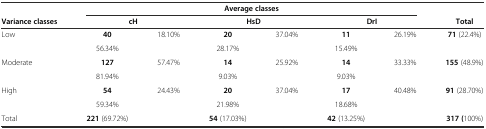
|  | <COLSPAN=6> Average classes |  |
 | Variance classes | <COLSPAN=2> cH | <COLSPAN=2> HsD | <COLSPAN=2> DrI | Total |
 | --- | --- | --- | --- | --- | --- | --- | --- |
 | <ROWSPAN=2> Low | 40 | 18.10% | 20 | 37.04% | 11 | 26.19% | <ROWSPAN=2> 71 (22.4%) |
 | 56.34% |  | 28.17% |  | 15.49% |  |
 | <ROWSPAN=2> Moderate | 127 | 57.47% | 14 | 25.92% | 14 | 33.33% | <ROWSPAN=2> 155 (48.9%) |
 | 81.94% |  | 9.03% |  | 9.03% |  |
 | <ROWSPAN=2> High | 54 | 24.43% | 20 | 37.04% | 17 | 40.48% | <ROWSPAN=2> 91 (28.70%) |
 | 59.34% |  | 21.98% |  | 18.68% |  |
 | Total | 221 (69.72%) |  | 54 (17.03%) |  | 42 (13.25%) |  | 317 (100%) |